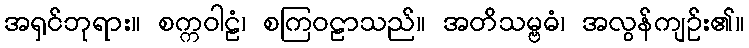
အရှင်ဘုရား။ စက္ကဝါဠံ၊ စကြဝဠာသည်။ အတိသမ္ဗဓံ၊ အလွန်ကျဉ်း၏။